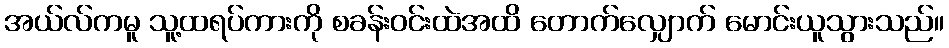
အယ်လ်ကမူ သူ့ထရပ်ကားကို စခန်းဝင်းထဲအထိ တောက်လျှောက် မောင်းယူသွားသည်။